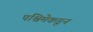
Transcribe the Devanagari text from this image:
पश्विमेकडून